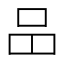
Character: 𠯮